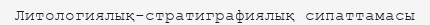
Литологиялық-стратиграфиялық сипаттамасы